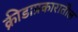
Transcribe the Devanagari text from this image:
क्रीडाप्रकारातील